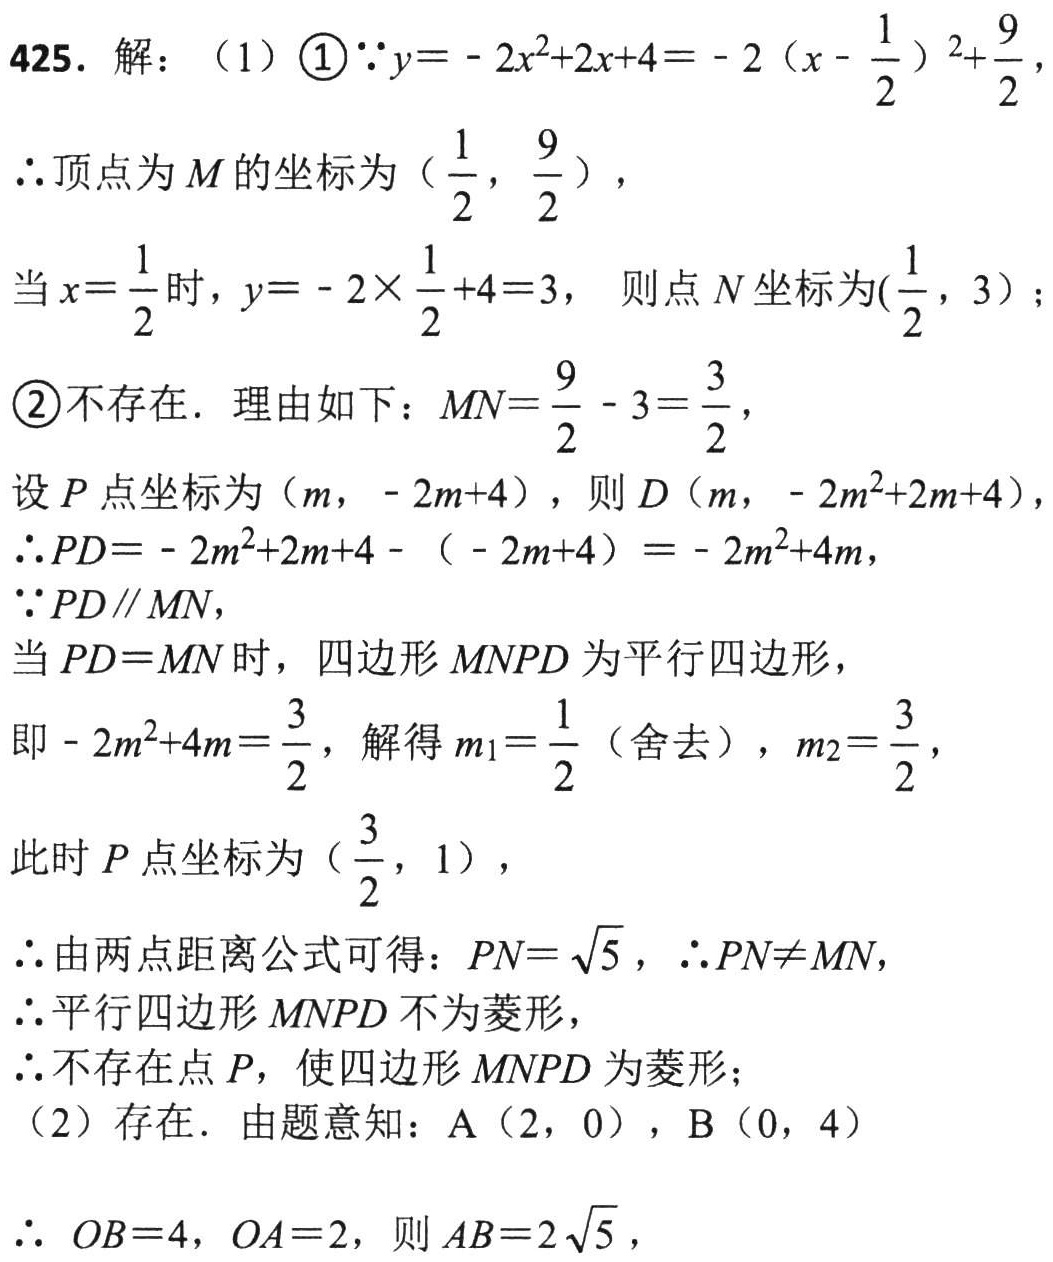
425. 解：（1）\textcircled{1}\(\because y = - 2x^{2}+2x + 4=-2\left(x-\frac{1}{2}\right)^{2}+\frac{9}{2}\)，
\(\therefore\)顶点为\(M\)的坐标为\(\left(\frac{1}{2},\frac{9}{2}\right)\)，
当\(x = \frac{1}{2}\)时，\(y=-2\times\frac{1}{2}+4 = 3\)， 则点\(N\)坐标为\(\left(\frac{1}{2},3\right)\)；
\textcircled{2}不存在．理由如下：\(MN=\frac{9}{2}-3=\frac{3}{2}\)，
设\(P\)点坐标为\((m,-2m + 4)\)，则\(D(m,-2m^{2}+2m + 4)\)，
\(\therefore PD=-2m^{2}+2m + 4-(-2m + 4)=-2m^{2}+4m\)，
\(\because PD\parallel MN\)，
当\(PD = MN\)时，四边形\(MNPD\)为平行四边形，
即\(-2m^{2}+4m=\frac{3}{2}\)，解得\(m_{1}=\frac{1}{2}\)（舍去），\(m_{2}=\frac{3}{2}\)，
此时\(P\)点坐标为\(\left(\frac{3}{2},1\right)\)，
\(\therefore\)由两点距离公式可得：\(PN = \sqrt{5}\)，\(\therefore PN\neq MN\)，
\(\therefore\)平行四边形\(MNPD\)不为菱形，
\(\therefore\)不存在点\(P\)，使四边形\(MNPD\)为菱形；
（2）存在．由题意知：\(A(2,0)\)，\(B(0,4)\)
\(\therefore OB = 4\)，\(OA = 2\)，则\(AB = 2\sqrt{5}\)，